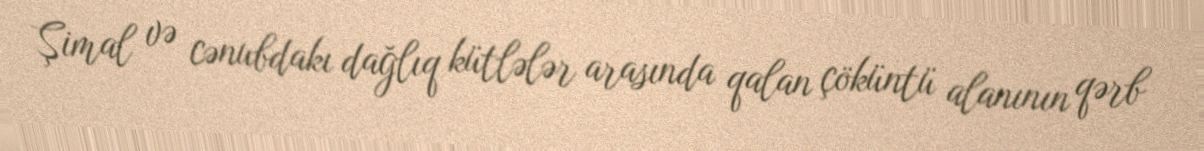
Şimal və cənubdakı dağlıq kütlələr arasında qalan çöküntü alanının qərb